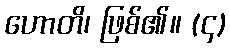
ဟောတိ၊ ဖြစ်၏။ (၄)